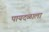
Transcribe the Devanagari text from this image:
पायदळाला